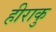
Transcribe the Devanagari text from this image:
हीराकु